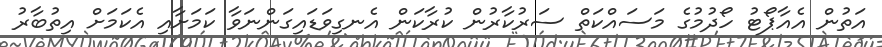
އަތުން އެއާޕޯޓު ހޯދުމުގެ މަސައްކަތް ސަރުކާރުން ކުރާކަން އެނގިވަޑައިގަންނަވާ ކަމަށާއި އެކަމަށް އިތުބާރު